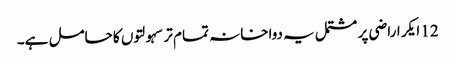
12 ایکر اراضی پر مشتمل یہ دواخانہ تمام تر سہولتوں کا حامل ہے۔